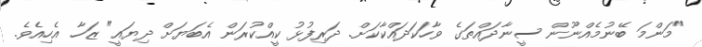
"މަންމަ ބޭނުމެއްނޫން ސީނާދައްތަގެ ވާހަކަދައްކާކަށް. ދަރިފުޅު ކީއްކުރަން އެބަޔަށް ދިޔައީ" ޒަހާ އެހިއެވެ.